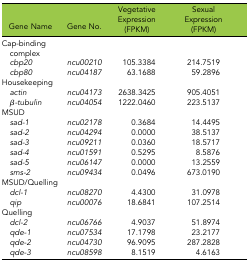
| Gene Name | Gene No. | Vegetative Expression (FPKM) | Sexual Expression (FPKM) |
 | --- | --- | --- | --- |
 | <COLSPAN=4> Cap-binding complex |
 | cbp20 | ncu00210 | 105.3384 | 214.7519 |
 | cbp80 | ncu04187 | 63.1688 | 59.2896 |
 | <COLSPAN=4> Housekeeping |
 | actin | ncu04173 | 2638.3425 | 905.4051 |
 | β-tubulin | ncu04054 | 1222.0460 | 223.5137 |
 | <COLSPAN=4> MSUD |
 | sad-1 | ncu02178 | 0.3684 | 14.4495 |
 | sad-2 | ncu04294 | 0.0000 | 38.5137 |
 | sad-3 | ncu09211 | 0.0360 | 18.5717 |
 | sad-4 | ncu01591 | 0.5295 | 8.5876 |
 | sad-5 | ncu06147 | 0.0000 | 13.2559 |
 | sms-2 | ncu09434 | 0.0496 | 673.0190 |
 | <COLSPAN=4> MSUD/Quelling |
 | dcl-1 | ncu08270 | 4.4300 | 31.0978 |
 | qip | ncu00076 | 18.6841 | 107.2514 |
 | <COLSPAN=4> Quelling |
 | dcl-2 | ncu06766 | 4.9037 | 51.8974 |
 | qde-1 | ncu07534 | 17.1798 | 23.2177 |
 | qde-2 | ncu04730 | 96.9095 | 287.2828 |
 | qde-3 | ncu08598 | 8.1519 | 4.6163 |